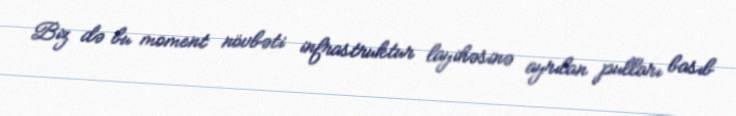
Biz də bu moment növbəti infrastruktur layihəsinə ayrılan pulları basıb